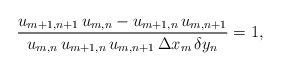
\begin{align*}\frac{u_{m+1,n+1}\, u_{m,n}-u_{m+1,n}\, u_{m,n+1}}{ u_{m,n}\, u_{m+1,n}\, u_{m,n+1}\,\Delta x_m\,\delta y_n}=1,\end{align*}